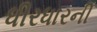
ધીરધારની